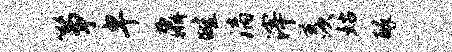
筝卑鼐畦漓滓羡姑醉